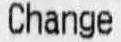
CHANGE